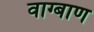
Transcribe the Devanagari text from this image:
वाग्बाण